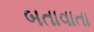
બતાવાતા